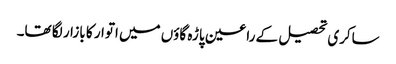
ساکری تحصیل کے راعین پاڑہ گاؤں میں اتوار کا بازار لگا تھا۔